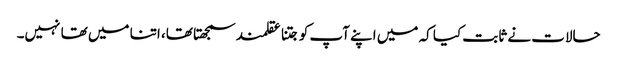
حالات نے ثابت کیا کہ میں اپنے آپ کو جتنا عقلمند سمجھتا تھا، اتنا میں تھا نہیں۔